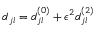
d _ { j l } = d _ { j l } ^ { ( 0 ) } + \epsilon ^ { 2 } d _ { j l } ^ { ( 2 ) }